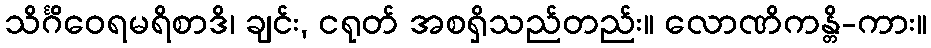
သိင်္ဂိဝေရမရိစာဒိ၊ ချင်း, ငရုတ် အစရှိသည်တည်း။ လောဏိကန္တိ-ကား။